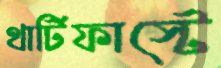
থার্টিফাস্টে